Indian journal of veterinary science and animal husbandry - Volume 4,
Year: 1934
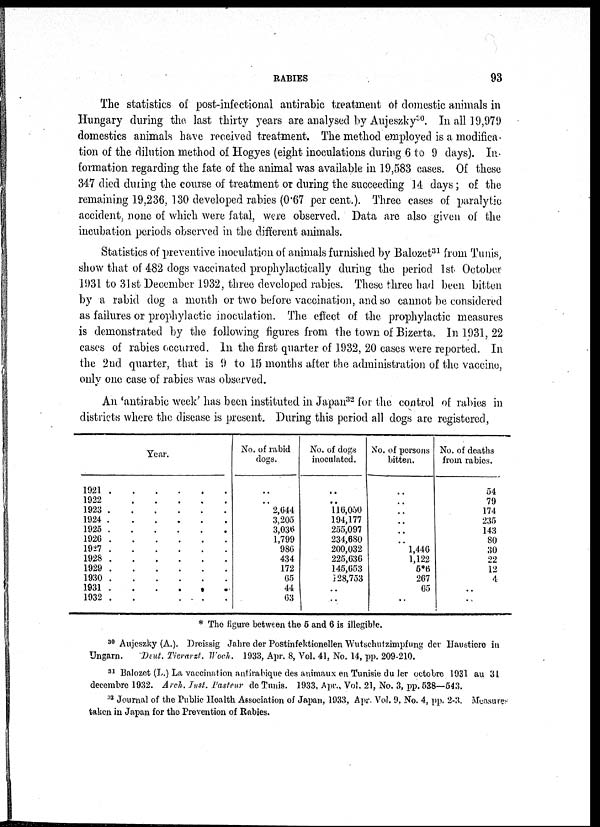
RABIES
93
The statistics of post-infectional antirabic treatment of domestic animals in
Hungary during the last thirty years are analysed by Aujeszky 30 . In all 19,979
domestics animals have received treatment. The method employed is a modifica-
tion of the dilution method of Hogyes (eight inoculations during 6 to 9 days). In-
formation regarding the fate of the animal was available in 19,583 cases. Of these
34.7 died during the course of treatment or during the succeeding 14 days; of the
remaining 19,236, 130 developed rabies (0.67 per cent.). Three cases of paralytic
accident, none of which were fatal, were observed. Data are also given of the
incubation periods observed in the different animals.
Statistics of preventive inoculation of animals furnished by Balozet 31 from Tunis,
show that of 482 dogs vaccinated prophylactically during the period 1st October
1931 to 31st December 1932, three developed rabies. These three had been bitten
by a rabid dog a month or two before vaccination, and so cannot be considered
as failures or prophylactic inoculation. The effect of the prophylactic measures
is demonstrated by the following figures from the town of Bizerta. In 1931, 22
cases of rabies occurred. In the first quarter of 1932, 20 cases were reported. In
the 2nd quarter, that is 9 to 15 months after the administration of the vaccine,
only one case of rabies was observed.
An '.antirabic week' has been instituted in Japan 32 for the control of rabies in
districts where the disease is present. During this period all dogs are registered,
Year.
1921
1022......
1923 ......
1924 ......
1925 ......
1926 ......
1927 ......
1928 ......
1929 ......
1930 .....
1931
......
1932 ......
No. of rabid
dogs.
..
..
2,644
3.205
3,036
1,799
986
434
172
65
44
63
No. of dogs
inoculated.
..
..
116,050
194,177
255,097
234,680
200,032
225,636
145,653
128,753
..
..
No. of persons
bitten.
..
..
..
..
..
..
1,446
1,122
5*6
267
65
..
No. of deaths
from rabies.
54
79
174
235
143
80
30
22
12
4
..
..
* The figure between the 5 and 6 is illegible.
30 Aujeszky (A.). Dreissig Jahre der Postinfektionellen Wutschutzimpfung der Haustiere in
Ungarn. Deut. Tierarzt. Woch, 1933, Apr. 8, Vol. 41, No. 14, pp. 209-210.
31 Balozet (L.) La vaccination antirabique des animaux en Tunisie du ler octobre 1931 au 31
decembre 1932. Arch. Inst. Pasteur de Tunis. 1933, Apr., Vol. 21, No. 3, pp. 538—543.
32 Journal of the Public Health Association of Japan, 1933, Apr. Vol. 9, No. 4, pp. 2-3. Measures
taken in Japan for the Prevention of Rabies.